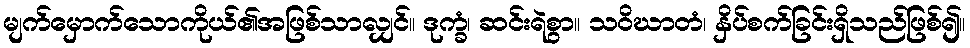
မျက်မှောက်သောကိုယ်၏အဖြစ်သာလျှင်။ ဒုက္ခံ၊ ဆင်းရဲစွာ။ သဝိဃာတံ၊ နှိပ်စက်ခြင်းရှိသည်ဖြစ်၍။